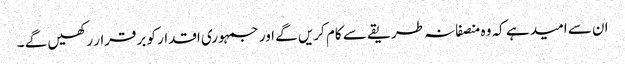
ان سے امید ہے کہ وہ منصفانہ طریقے سے کام کریں گے اور جمہوری اقدار کو برقرار رکھیں گے ۔